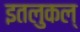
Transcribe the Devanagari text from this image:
इतलुकल्